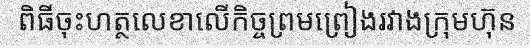
ពិធីចុះហត្ថលេខាលើកិច្ចព្រមព្រៀងរវាងក្រុមហ៊ុន